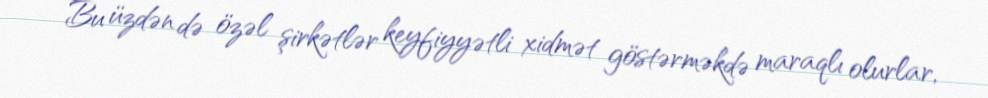
Bu üzdən də özəl şirkətlər keyfiyyətli xidmət göstərməkdə maraqlı olurlar,